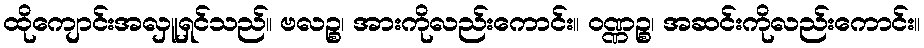
ထိုကျောင်းအလှူရှင်သည်။ ဗလဉ္စ၊ အားကိုလည်းကောင်း။ ဝဏ္ဏဉ္စ၊ အဆင်းကိုလည်းကောင်း။